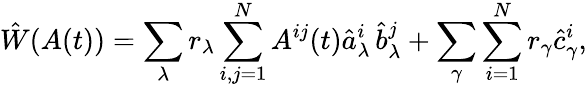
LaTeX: \hat{W}(A(t))=\sum_{\lambda}r_{\lambda}\sum_{i,j=1}^{N}A^{ij}(t)\hat{a}_{\lambda}^{i}\, \hat{b}_{\lambda}^{j}+\sum_{\gamma}\sum_{i=1}^{N}r_{\gamma}\hat{c}_{\gamma}^{i},